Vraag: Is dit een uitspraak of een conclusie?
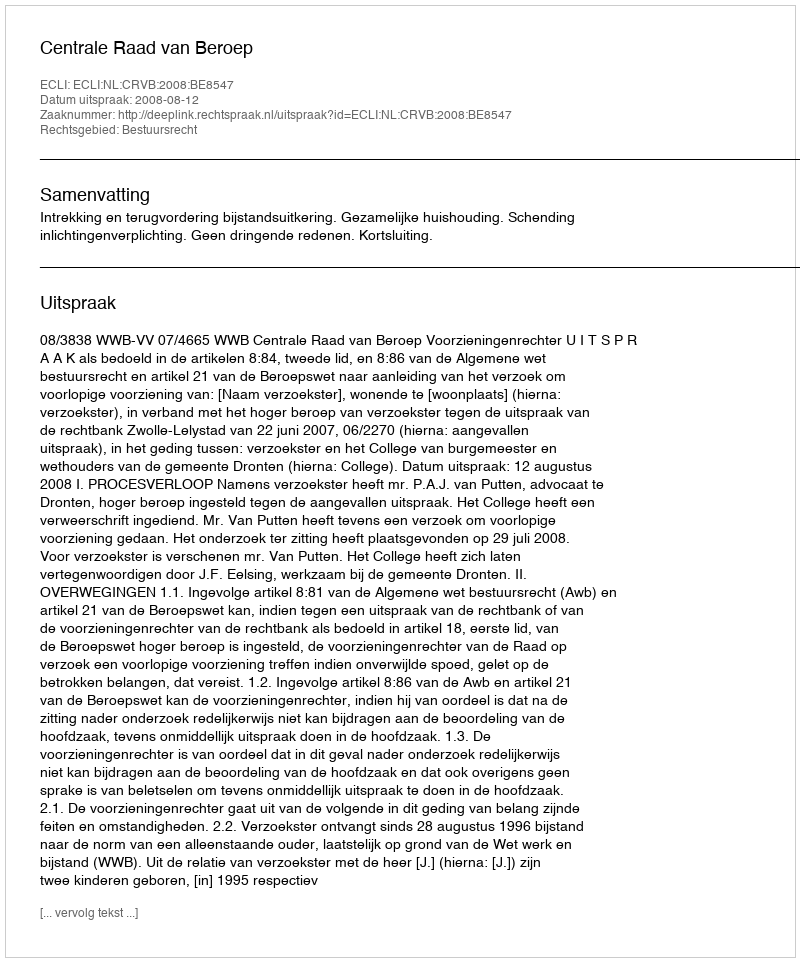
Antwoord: Uitspraak